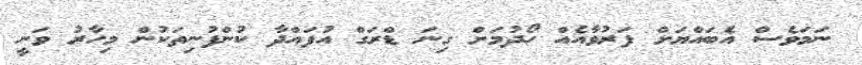
ނަމަވެސް އެބައްޔަށް ފަރުވާއެއް ހޯދުމަށް ގިނަ ޑްރަގް އުފައްދާ ކުންފުނިތަކުން މިހާރު ވަނީ